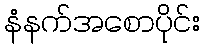
နံနက်အစောပိုင်း